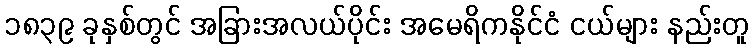
၁၈၃၉ ခုနှစ်တွင် အခြားအလယ်ပိုင်း အမေရိကနိုင်ငံ ငယ်များ နည်းတူ